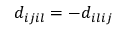
d _ { i j i l } = - d _ { i l i j }